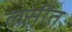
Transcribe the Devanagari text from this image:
लसींत